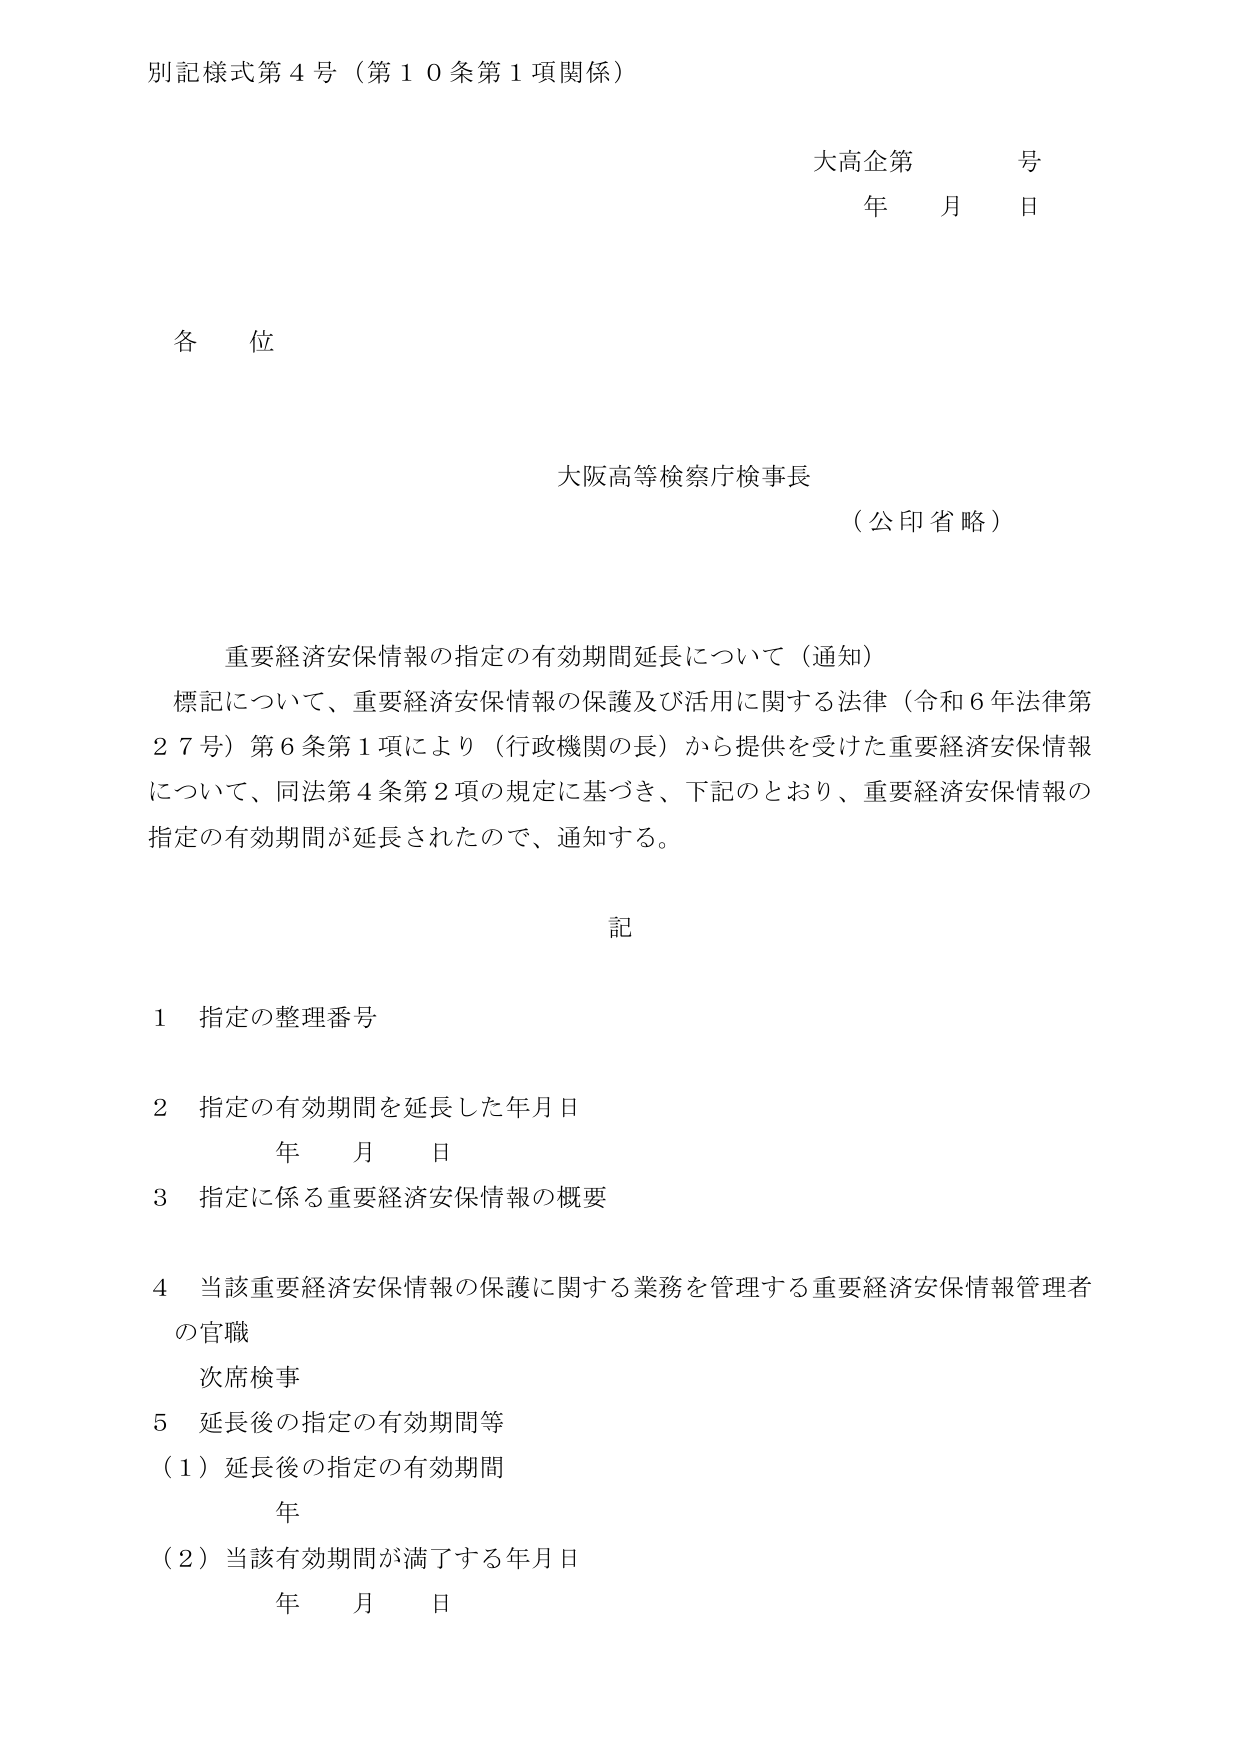
別記様式第４号（第１０条第１項関係）

大高企第　　号
年　　月　　日

各位

大阪高等検察庁検事長
（公印省略）

重要経済安保情報の指定の有効期間延長について（通知）
標記について、重要経済安保情報の保護及び活用に関する法律（令和６年法律第２７号）第６条第１項により（行政機関の長）から提供を受けた重要経済安保情報について、同法第４条第２項の規定に基づき、下記のとおり、重要経済安保情報の指定の有効期間が延長されたので、通知する。

記

１　指定の整理番号

２　指定の有効期間を延長した年月日
　　年　　月　　日

３　指定に係る重要経済安保情報の概要

４　当該重要経済安保情報の保護に関する業務を管理する重要経済安保情報管理者の官職
　　次席検事

５　延長後の指定の有効期間等
　　（１）延長後の指定の有効期間
　　　　年
　　（２）当該有効期間が満了する年月日
　　　　年　　月　　日